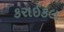
કરાઈકલ